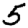
Digit: 5